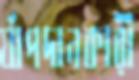
র‍্যাপদানকারী